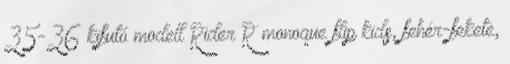
35-36 kifutó modell Rider R monoque flip kids, fehér-fekete,